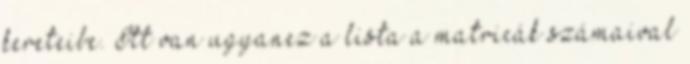
kereteibe. Itt van ugyanez a lista a matricák számaival